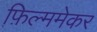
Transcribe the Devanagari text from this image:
फ़िल्ममेकर